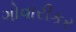
ગોવારીકર